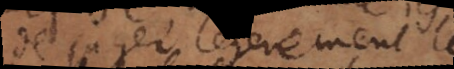
de juger legerement le